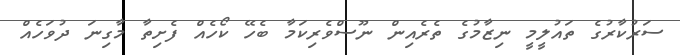
ސަރުކާރުގެ ތައުލީމީ ނިޒާމުގެ ތެރެއިން ނޫސްވެރިކަމާ ބެހޭ ކޯހެއް ފެށިތާ މާގިނަ ދުވަހެއް